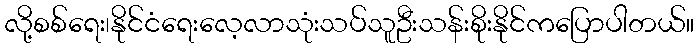
လို့စစ်ရေး၊နိုင်ငံရေးလေ့လာသုံးသပ်သူဦးသန်းစိုးနိုင်ကပြောပါတယ်။